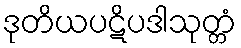
ဒုတိယပဋိပဒါသုတ္တံ